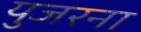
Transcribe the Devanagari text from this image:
युजरना